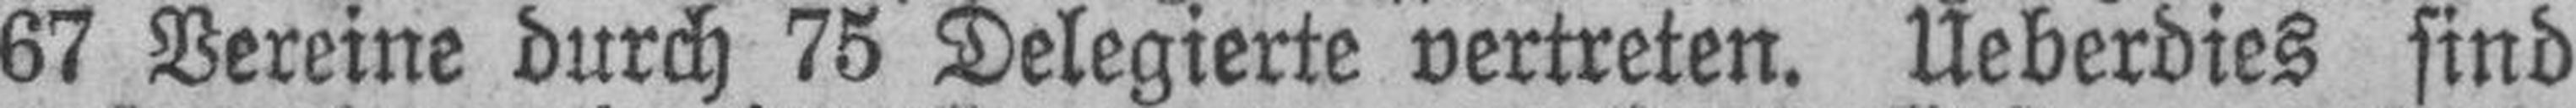
67 Vereine durch 75 Delegierte vertreten. Ueberdies sind